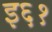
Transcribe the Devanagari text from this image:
इ६१